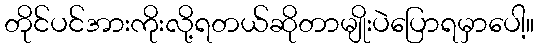
တိုင်ပင်အားကိုးလို့ရတယ်ဆိုတာမျိုးပဲပြောရမှာပေါ့။